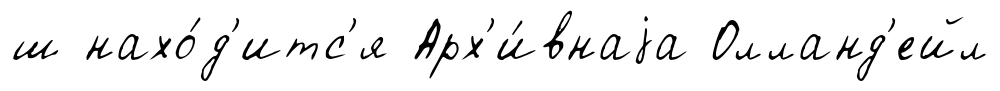
ш нахо́д'итс'я Арх'и́внаjа Олланд'ейл